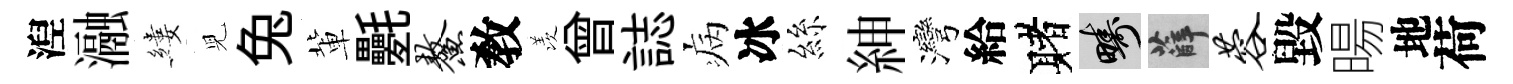
湼瀜縷児兔軰氎鳌敎羡曾誌病冰絲紳灣給赌疇薛蓉毀暘地荷